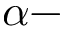
\alpha -